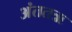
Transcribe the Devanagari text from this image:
अंततऋ